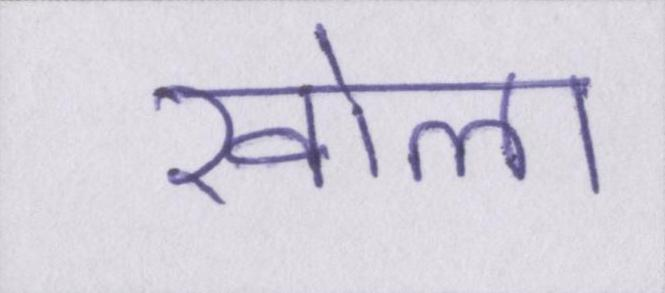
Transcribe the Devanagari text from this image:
खोला